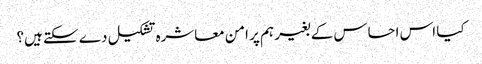
کیا اس احساس کے بغیر ہم پر امن معاشرہ تشکیل دے سکتے ہیں؟